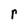
Character: r